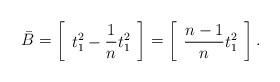
LaTeX: \begin{align*}\bar{B}=\left[\begin{array}{c}t_1^2-\dfrac{1}{n}t_1^2\end{array}\right]=\left[\begin{array}{c}\dfrac{n-1}{n}t_1^2\end{array}\right].\end{align*}